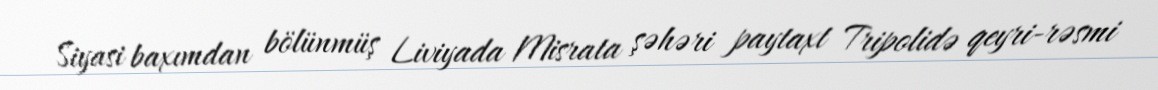
Siyasi baxımdan bölünmüş Liviyada Misrata şəhəri paytaxt Tripolidə qeyri-rəsmi